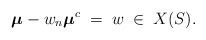
\begin{align*}\boldsymbol{\mu}-w_n\boldsymbol{\mu}^c\;=\;w\;\in\;X(S).\end{align*}